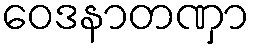
ဝေဒနာတဏှာ